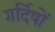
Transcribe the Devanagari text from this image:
गर्दिषों